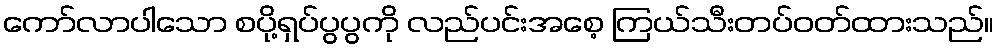
ကော်လာပါသော စပို့ရှပ်ပွပွကို လည်ပင်းအစေ့ ကြယ်သီးတပ်ဝတ်ထားသည်။